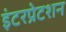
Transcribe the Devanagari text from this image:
इंटरप्रेटशन